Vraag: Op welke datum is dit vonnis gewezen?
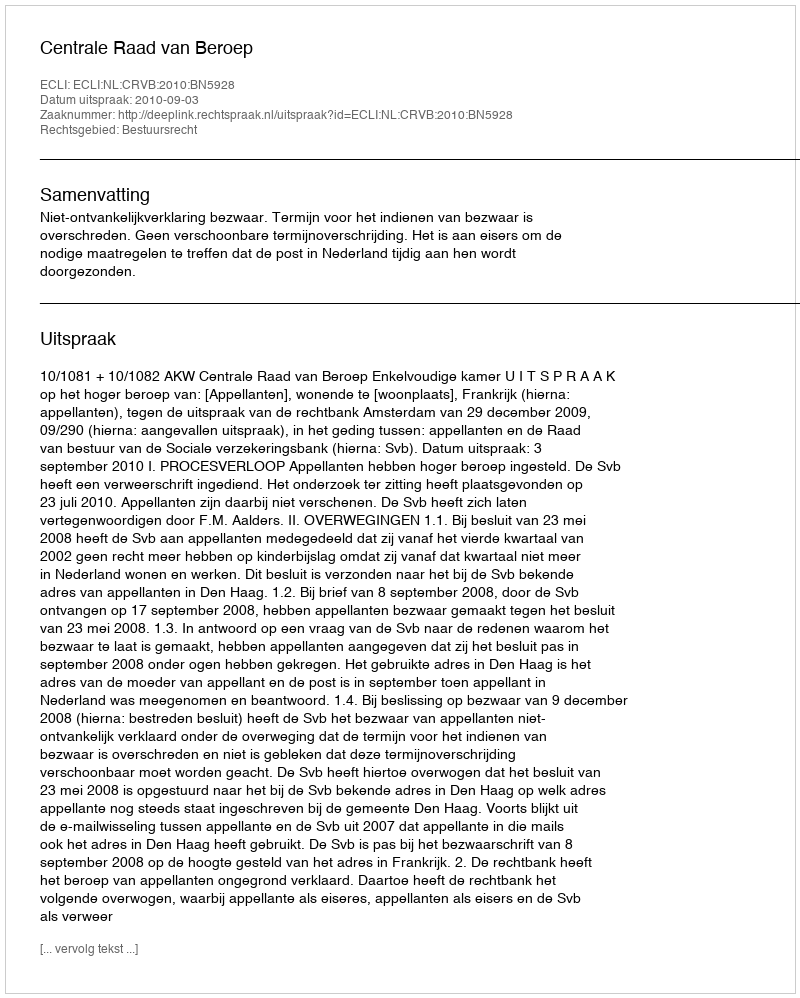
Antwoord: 2010-09-03